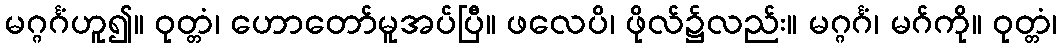
မဂ္ဂင်္ဂံဟူ၍။ ဝုတ္တံ၊ ဟောတော်မူအပ်ပြီ။ ဖလေပိ၊ ဖိုလ်၌လည်း။ မဂ္ဂင်္ဂံ၊ မဂ်ကို။ ဝုတ္တံ၊